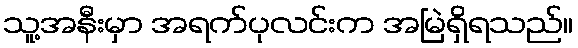
သူ့အနီးမှာ အရက်ပုလင်းက အမြဲရှိရသည်။